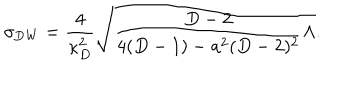
\sigma _ { \mathrm { D W } } = { \frac { 4 } { \kappa _ { D } ^ { 2 } } } \sqrt { { \frac { D - 2 } { 4 ( D - 1 ) - a ^ { 2 } ( D - 2 ) ^ { 2 } } } \Lambda } .